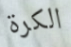
الكرة